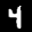
Label: 4